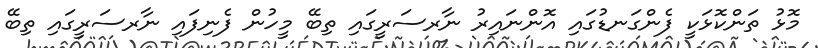
މޮޅު ތަންކޮޅަކީ ފެންގަނޑުގައި އޮންނައިރު ނާރސަރީގައި ތިބޭ މީހުން ފެނިފައި ނާރސަރީގައި ތިބޭ